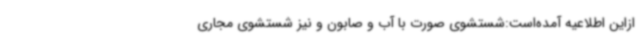
ازاین اطلاعیه آمده‌است:‌شستشوی صورت با آب و صابون و نیز شستشوی مجاری